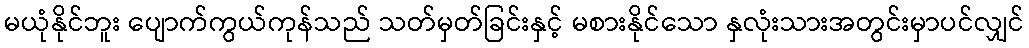
မယုံနိုင်ဘူး ပျောက်ကွယ်ကုန်သည် သတ်မှတ်ခြင်းနှင့် မစားနိုင်သော နှလုံးသားအတွင်းမှာပင်လျှင်